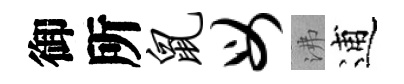
御所鼠母沸逋